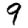
Digit: 9